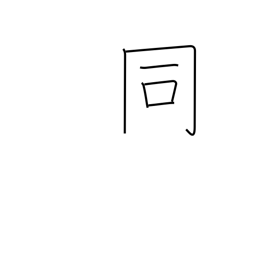
Meaning: same